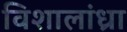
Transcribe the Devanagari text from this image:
विशालांध्रा